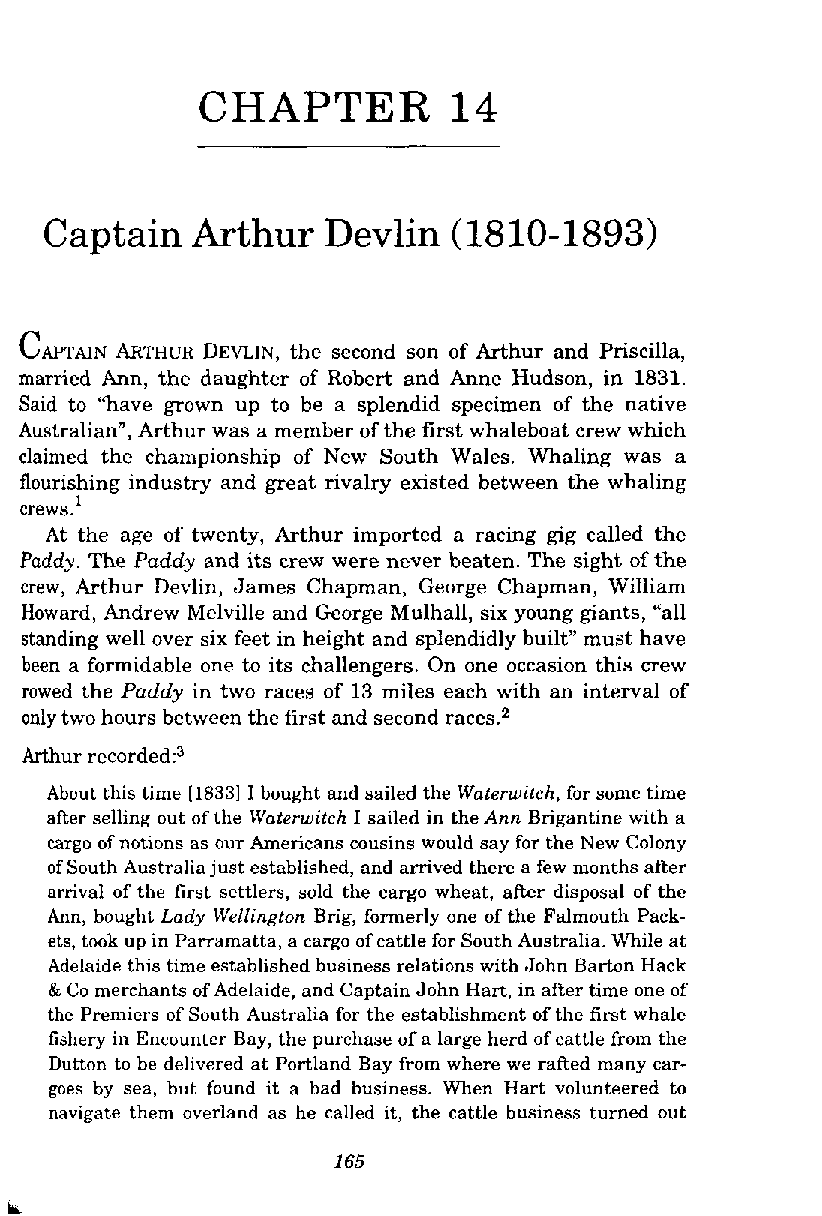
CHAPTER          14
 Captain   Arthur   Devlin  (1810-1893)
 CAPTAIN ARTHUR DEVLIN,t he second son of Arthur and Priscilla,
 married Ann, the daughter of Robert and Anne Hudson, in 1831.
 Said to "have grown up to be a splendid specimen of the native
 Australian", Arthur was a member of the first whaleboat crew which
 claimed the championship of New South Wales. Whaling was a
 flourishing industry and great rivalry existed between the whaling
 1
 crews.
 At the age of twenty, Arthur imported a racing gig called the
 Paddy. The Paddy and its crew were never beaten. The sight of the
 crew, Arthur Devlin, James Chapman, George Chapman, William
 Howard, Andrew Melville and George Mulhall, six young giants, "all
 standing well over six feet in height and splendidly built" must have
 been a formidable one to its challengers. On one occasion this crew
 rowed the Paddy in two races of 13 miles each with an interval of
 only two hours between the first and second races2
 Arthur recorded?
 About this time [I8331 I bought and sailed the Waterwitch, for some time
 after selling out of the Waterwitch I sailed in the Ann Brigantine with a
 cargo of notions as our Americans cousins would say for the New Colony
 of South Australia just established, and arrived there a few months after
 amval of the first settlers, sold the cargo wheat, after disposal of the
 Ann, bought Lady Wellington Brig, formerly one of the Falmouth Pack-
 ets, took up in Parramatta, a cargo of cattle for South Australia. While at
 Adelaide this time established business relations with John Barton Hack
 & Co merchants of Adelaide, and Captain John Hart, in after time one of
 the Premiers of South Australia for the establishment of the first whale
 fishery in Encounter Bay, the purchase of a large herd of cattle from the
 Dutton to be delivered at Portland Bay from where we rafted many car-
 goes by sea, hut found it a bad business. When Hart volunteered to
 navigate them overland as he called it, the cattle business turned out